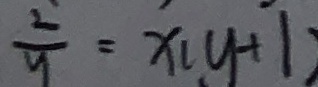
\frac { 2 } { y } = x ( y + 1 )